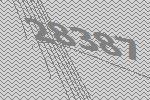
28387